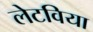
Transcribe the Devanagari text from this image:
लेटविया